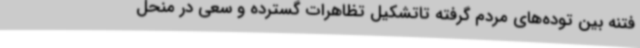
فتنه بین توده‌های مردم گرفته تاتشکیل تظاهرات گسترده و سعی در منحل